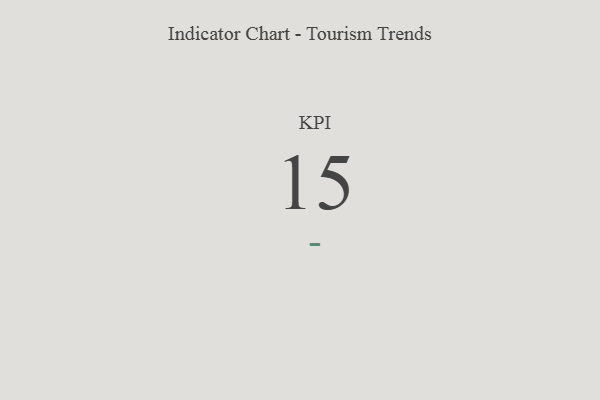
{"axis": {"x": "KPI", "y": "Value"}, "legend": [""], "data": [{"x": "KPI", "y": 15, "type": ""}]}